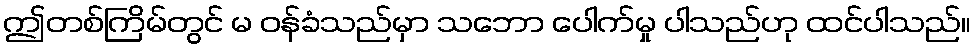
ဤတစ်ကြိမ်တွင် မ ဝန်ခံသည်မှာ သဘော ပေါက်မှု ပါသည်ဟု ထင်ပါသည်။